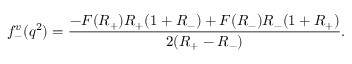
f _ { - } ^ { v } ( q ^ { 2 } ) = { \frac { - F ( R _ { + } ) R _ { + } ( 1 + R _ { - } ) + F ( R _ { - } ) R _ { - } ( 1 + R _ { + } ) } { 2 ( R _ { + } - R _ { - } ) } } .